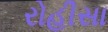
રોહીસા